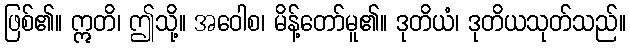
ဖြစ်၏။ ဣတိ၊ ဤသို့။ အဝေါစ၊ မိန့်တော်မူ၏။ ဒုတိယံ၊ ဒုတိယသုတ်သည်။